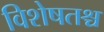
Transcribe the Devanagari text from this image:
विशेषतश्च